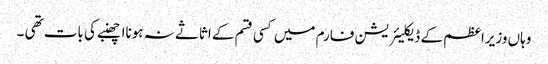
وہاں وزیراعظم کے ڈیکلیئریشن فارم میں کسی قسم کے اثاثے نہ ہونااچھنبے کی بات تھی ۔